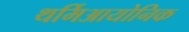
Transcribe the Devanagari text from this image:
थर्मिआयोनिक